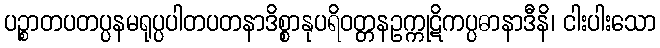
ပဉ္စာတပတပ္ပနမရုပ္ပပါတပတနာဒိစ္စာနုပရိဝတ္တနဥက္ကုဋိကပ္ပဓာနာဒီနိ၊ ငါးပါးသော